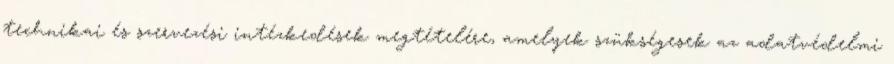
technikai és szervezési intézkedések megtételére, amelyek szükségesek az adatvédelmi